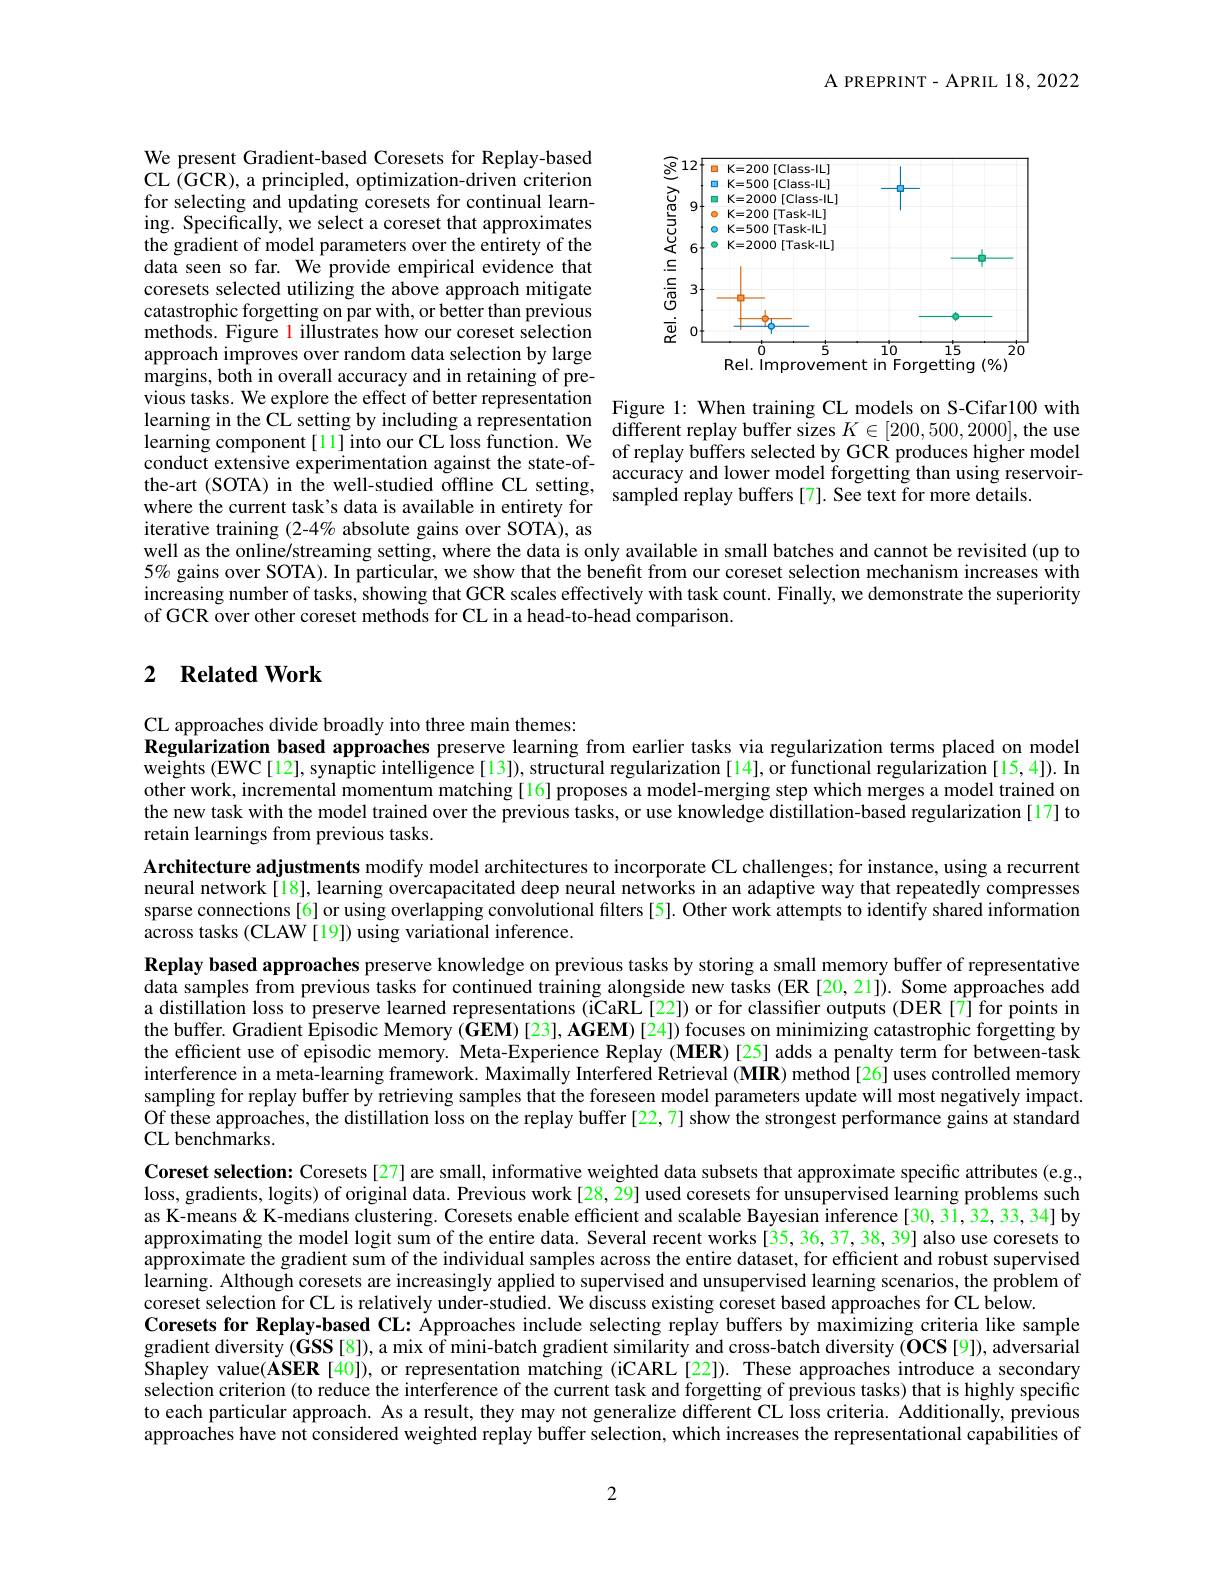
A PREPRINT- APRIL 18,2022

<FigureHere>
Rel. Improvement in Forgetting (%)

We present Gradient-based Coresets for Replay-based CL $\hat{(}$GCR), a principled, optimization-driven criterion for selecting and updating coresets for continual learning. Specifically, we select a coreset that approximates the gradient of model parameters over the entirety of the data seen so far. We provide empirical evidence that coresets selected utilizing the above approach mitigate catastrophic forgetting on par with, or better than previous methods. Figure 1 illustrates how our coreset selection approach improves over random data selection by large margins, both in overall accuracy and in retaining of previous tasks. We explore the effect of better representation Figure 1: When training CL models on S-Cifar100 with learning in the CL setting by including a representationrigule 1. wilel taming CL Inodels on S- Clal 100 win learning component [ 11] into our CL loss function. We of renlav buffer sizes $K\in [ 200, 500, 2000] $,the use of renlav hffers selected bv GCR conduct extensive experimentation against the state-of- of replay buffers selected by GCR produces higher model conduct extensive experimentation against the state-of- accuracy and lower model forgetting than using reservoirthe-art (SOTA) in the well-s where the current task's data is available in entirety for iterative training (2-4% absolute gains over SOTA), as well as the online/streaming setting, where the data is only available in small batches and cannot be revisited (up to $5\%$ gains over SOTA). In particular, we show that the benefit from our coreset selection mechanism increases with increasing number of tasks, showing that GCR scales effectively with task count. Finally, we demonstrate the superiority of GCR over other coreset methods for CL in a head-to-head comparison.

### 2 $\textbf{Related Work}$

CL approaches divide broadly into three main themes:
Regularization based approaches preserve learning from earlier tasks via regularization terms placed on model weights (EWC[12], synaptic intelligence[13]), structural regularization[14], or functional regularization [15,4]). In other work, incremental momentum matching[16]proposes a model-merging step which merges a model trained on the new task with the model trained over the previous tasks, or use knowledge distillation-based regularization[17] to retain learnings from previous tasks.

Architecture adjustments modify model architectures to incorporate CL challenges; for instance, using a recurrent neural network[18], learning overcapacitated deep neural networks in an adaptive way that repeatedly compresses sparse connections[6] or using overlapping convolutional filters[5]. Other work attempts to identify shared information across tasks (CLAW[19]) using variational inference.

Replay based approaches preserve knowledge on previous tasks by storing a small memory buffer of representative data samples from previous tasks for continued training alongside new tasks (ER [20,21]). Some approaches add a distillation loss tô preserve learned representations (iCaRL[22]) or for classifier outputs (DER[7]for points in the buffer. Gradient Episodic Memory ($\bar{\mathbf{G}}\mathbf{E}\mathbf{M})[23],\mathbf{A}\mathbf{G}\mathbf{E}\mathbf{M})[24])$ focuses on minimizing catastrophic forgetting by the efficient use of episodic memory. Meta-Experience Replay (MER)[25] adds a penalty term for between-task interference in a meta-learning framework. Maximally Interfered Retrieval ( MIR) method[26]uses controlled memory sampling for replay buffer by retrieving samples that the foreseen model parameters update will most negatively impact Of these approaches, the distillation loss on the replay buffer [22,7] show the strongest performance gains at standard CL benchmarks.
Coreset selection: Coresets[27] are small, informative weighted data subsets that approximate specific attributes (e.g., loss, gradients, logits) of original data. Previous work[28, 29] used coresets for unsupervised learning problems such as K-means& K-medians clustering. Coresets enable efficient and scalable Bayesian inference[30, 31, 32, 33, 34] by approximating the model logit sum of the entire data. Several recent works [35, 36, 37, 38, 39] also use coresets to approximate the gradient sum of the individual samples across the entire dataset, for efficient and robust supervised learning. Although coresets are increasingly applied to supervised and unsupervised learning scenarios, the problem of coreset selection for CL is relatively under-studied. We discuss existing coreset based approaches for CL below.
Coresets for Replay-based CL: Approaches include selecting replay buffers by maximizing criteria like sample gradient diversity $(\mathbf{GSS[8]})$, a mix of mini-batch gradient similarity and cross-batch diversity $(\mathbf{OCS[9]})$, adversarial $\tilde{\text{Shapley value(ASER[40]),or representation matching(iCARL[22]).These approaches introduce a secondary}}$ selection criterion (to reduce the interference of the current task and forgetting of previous tasks) that is highly specific to each particular approach. As a result, they may not generalize different CL loss criteria. Additionally, previous approaches have not considered weighted replay buffer selection, which increases the representational capabilities of

2